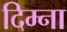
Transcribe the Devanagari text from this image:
दिम्ना